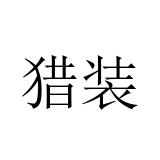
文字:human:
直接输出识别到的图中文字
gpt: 猎装